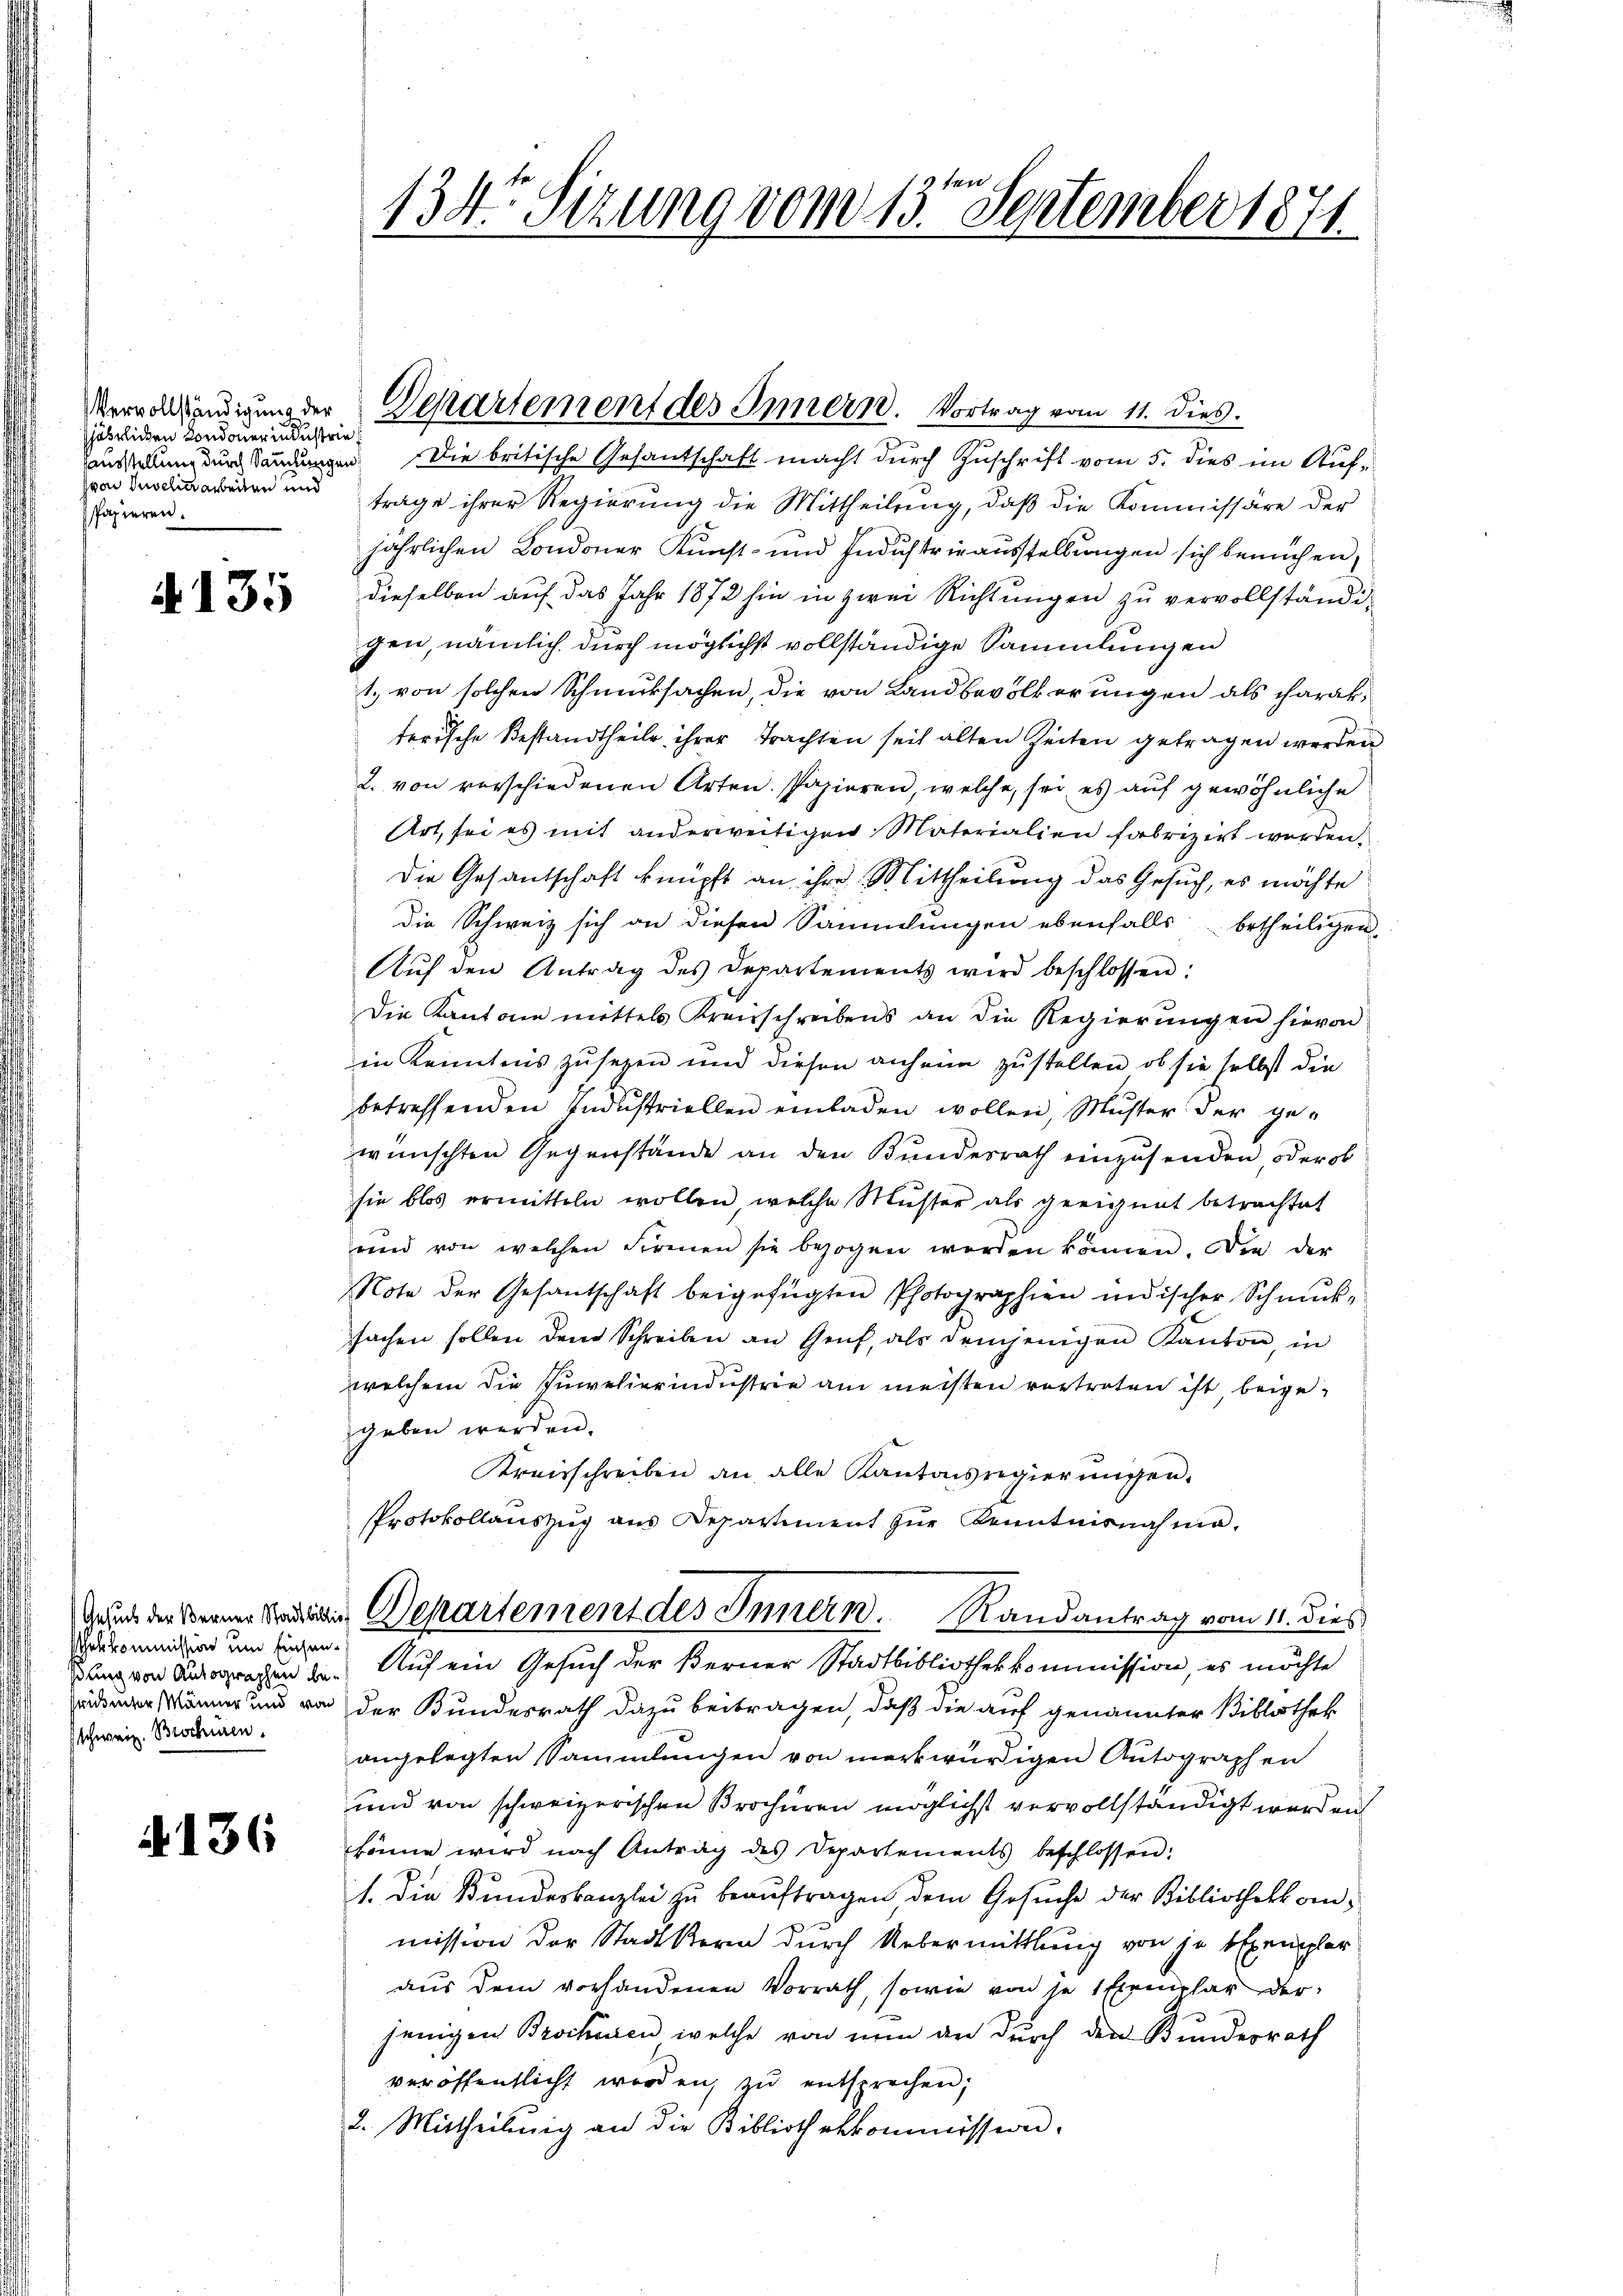
Vervollständigung der
jährlichen Londoner industrie
sausstellung durch Sammlungen
von Inselinarbeiten und
spapieren.

A. 135

schekkommission um Einsanßung von Autographen berüunter Männer und von
schweiz. Brochüren.

§136

Die britische Gesantschaft macht durch Zuschrift vom 5. dies im Auftrage ihrer Regierung die Mittheilung, daß die Kommissäre der
jährlichen Londoner Kunst- und Industrie ausstellungen sich bemühen,
dieselben auf das Jahr 1872 hin in zwei Richtungen zu vervollständigen, nämlich durch möglichst vollständige Sammlungen
1. von solchen Schmucksachen, die von Landbevölkerungen als charakterische Bestandtheile ihrer Trachten seit alten Zeiten getragen werden
2. von verschiedenen Arten. Papieren, welche, sei es auf gewöhnliche
Art, sei es mit anderweitigen Materialien fabrizirt werden.
Die Gesantschaft knüpft an ihre Mittheilung das Gesuch, es möchte
die Schweiz sich an diesen Sammlungen ebenfalls betheiligen.
Aŭf den Antrag des Departements wird beschlossen:
Die Kantone mittels Kreisschreibens an die Regierŭngen hievon
in Kenntnis zu sezen und diesen anheim zustellen, ob sie selbst die
betreffenden Indŭstriellen einladen wollen, Muster der ge-
wünschten Gegenstände an den Bundesrath einzusenden, oder ob
sie blos ermitteln wollen, welche Musser als geeignet betrachtet
und von welchen Firmen sie bezogen werden können. Die der
Note der Gesantschaft beigefügten Photographien indischer Schmuk-
fachen sollen dem Schreiben an Genf, als demjenigen Kanton, in
welchem die Juwelierindustrie am meisten vertreten ist, beigegeben werden.
Kreisschreiben an alle Kantonsregierungen.
Protokollauszug aus Departiment zŭr Kenntnisnahme.
Gens der keiner Kadelis Departement des Innern. Randantrag vom 11. dies
Auf ein Gesuch der Berner Stadtbibliothekkommission, es möchte
der Bundesrath dazu beitragen, daß die auf genannter Bibliothek
angelegten Sammlungen von merkwürdigen Autographen
und von schweizerischen Brochüren möglichst vervollständigt werden
könne wird nach Antrag des Departements beschlossen:
1. Die Bŭndeskanzlei zŭ beaŭftragen, dem Gesŭche der Bibliothek an-
mission der Stadtkern durch Uebermittlung von je Exemplar
aus dem vorhandenen Vorrath, sowie von je 1 Exemplar der
jenigen Brockiren welche von nun an durch den Bundesrath
veröffentlicht worden, zu entsprechen;
2. Mittheilung an die Bibliothekkommission.

134te Sitzung vom 13ten September 1871.

Departement des Innern. Vortrag vom 11. dies.